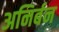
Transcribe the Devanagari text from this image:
अनिर्बन